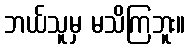
ဘယ်သူမှ မသိကြဘူး။